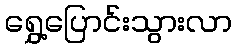
ရွှေ့ပြောင်းသွားလာ